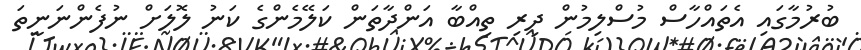
ބުރުމާގައި އެތައްހާސް މުސްލިމުން ދިރި ތިއްބާ އަންދާތަން ކަލޭމެންގެ ކަނު ލޮލަށް ނުފެންނަނީތަ